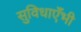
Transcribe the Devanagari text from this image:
सुविधाएँभी